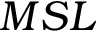
{ M S L }